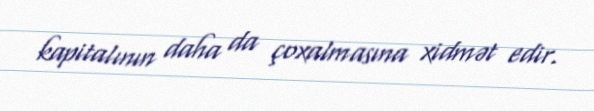
kapitalının daha da çoxalmasına xidmət edir.